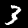
Digit: 3